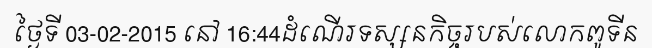
ថ្ងៃទី 03-02-2015 នៅ 16:44ដំណើរទស្សនកិច្ចរបស់លោកពូទីន